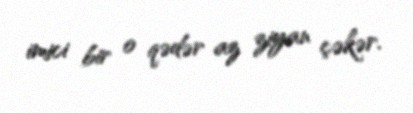
imici bir o qədər az ziyan çəkər.